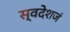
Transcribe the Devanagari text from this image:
स्वदेशजं